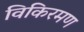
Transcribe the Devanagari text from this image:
विकिरमण